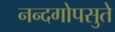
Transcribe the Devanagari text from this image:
नन्दगोपसुते